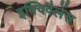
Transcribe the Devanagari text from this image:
इक्विवैलेंस